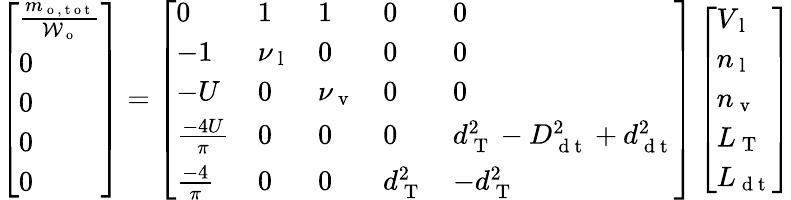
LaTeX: \left[\begin{array}{l}{\frac{m_{\mathrm{~o~,~t~o~t~}}}{\mathcal{W}_{\mathrm{~o~}}}}\\ {0}\\ {0}\\ {0}\\ {0}\end{array}\right]=\left[\begin{array}{lllll}{0}&{1}&{1}&{0}&{0}\\ {-1}&{\nu_{\mathrm{~l~}}}&{0}&{0}&{0}\\ {-U}&{0}&{\nu_{\mathrm{~v~}}}&{0}&{0}\\ {\frac{-4U}{\pi}}&{0}&{0}&{0}&{d_{\mathrm{~T~}}^{2}-D_{\mathrm{~d~t~}}^{2}+d_{\mathrm{~d~t~}}^{2}}\\ {\frac{-4}{\pi}}&{0}&{0}&{d_{\mathrm{~T~}}^{2}}&{-d_{\mathrm{~T~}}^{2}}\end{array}\right]\left[\begin{array}{l}{V_{\mathrm{~l~}}}\\ {n_{\mathrm{~l~}}}\\ {n_{\mathrm{~v~}}}\\ {L_{\mathrm{~T~}}}\\ {L_{\mathrm{~d~t~}}}\end{array}\right]